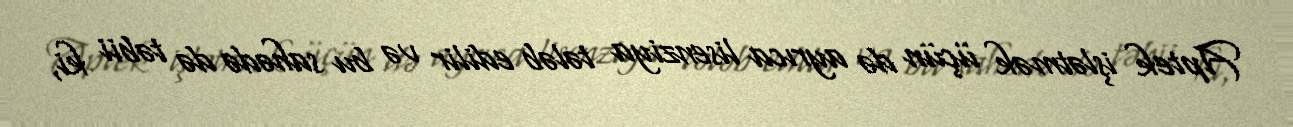
Aptek işlətmək üçün də ayrıca lisenziya tələb edilir və bu sahədə də təbii ki,